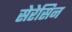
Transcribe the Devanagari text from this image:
सेरेसिन